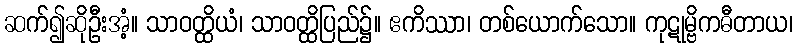
ဆက်၍ဆိုဦးအံ့။ သာဝတ္ထိယံ၊ သာဝတ္ထိပြည်၌။ ဧကိဿာ၊ တစ်ယောက်သော။ ကုဋုမ္ဗိကဓီတာယ၊